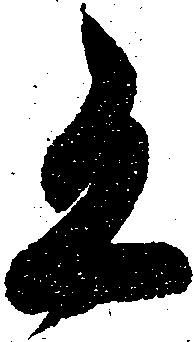
有